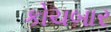
કોચબાર